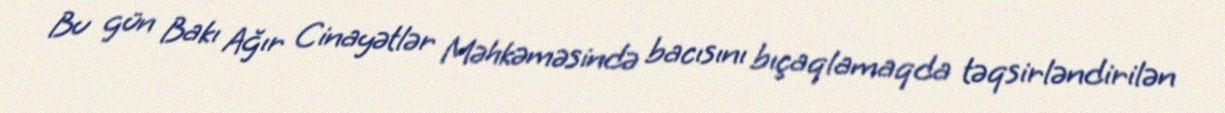
Bu gün Bakı Ağır Cinayətlər Məhkəməsində bacısını bıçaqlamaqda təqsirləndirilən